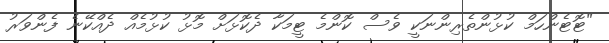
"ޓޮޓެންހަމް ކުޅުންތެރިންނަކީ ވެސް ކޮންމެ ޓީމަކާ ދެކޮޅަށް މޮޅު ކުޅުމެއް ދެއްކޭނެ ފެންވަރު